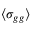
\langle \sigma _ { g g } \rangle